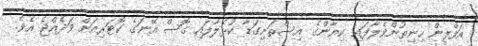
އަފްލީން ހިނިތުންވެލާފައި ކިޔާންގެ އިސްތަށިގަޑާ ކުޅެލާފައި ގޮސް އޭނަގެ ކޮޓަރިއަށް ވަދެއްޖެ އެވެ.